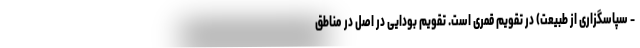
- سپاسگزاری از طبیعت) در تقویم قمری است. تقویم بودایی در اصل در مناطق